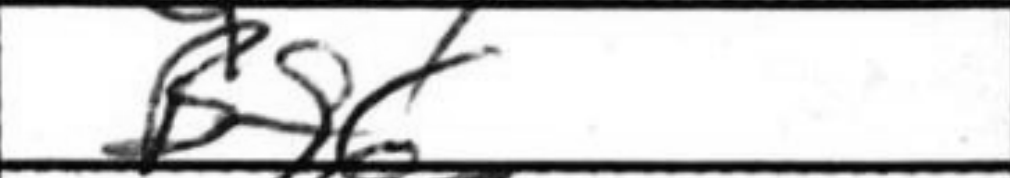
Transcription: Bf6